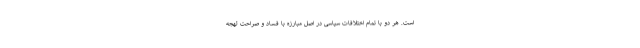
است. هر دو با تمام اختلافات سیاسی در اصل مبارزه با فساد و صراحت لهجه